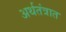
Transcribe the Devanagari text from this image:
अर्थतंत्रात